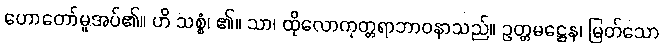
ဟောတော်မူအပ်၏။ ဟိ သစ္စံ၊ ၏။ သာ၊ ထိုလောကုတ္တရာဘာဝနာသည်။ ဥတ္တမဋ္ဌေန၊ မြတ်သော